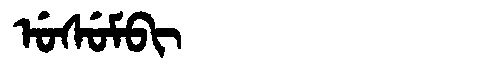
Manchu: ᡠᠰᡠᠮᠪᡳ
Romanization: USUMBI